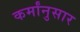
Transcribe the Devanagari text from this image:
कर्मांनुसार